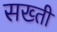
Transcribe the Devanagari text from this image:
सख्‍ती